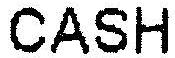
CASH